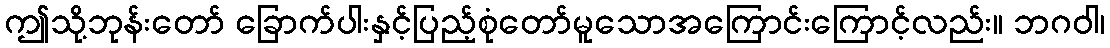
ဤသို့ဘုန်းတော် ခြောက်ပါးနှင့်ပြည့်စုံတော်မူသောအကြောင်းကြောင့်လည်း။ ဘဂဝါ၊